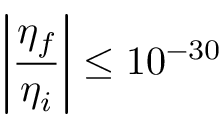
\left| \frac { \eta _ { f } } { \eta _ { i } } \right| \le 1 0 ^ { - 3 0 }